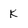
Character: k